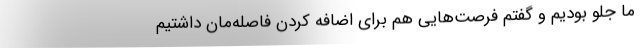
ما جلو بودیم و گفتم فرصت‌هایی هم برای اضافه کردن فاصله‌مان داشتیم